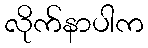
လိုက်နာပါက